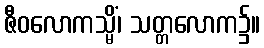
ဇီဝလောကသ္မိံ၊ သတ္တလောက၌။